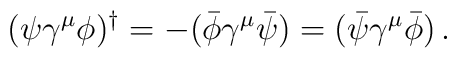
(\psi\gamma^\mu\phi)^\dagger=-(\bar\phi\gamma^\mu\bar\psi)=(\bar\psi\gamma^\mu\bar\phi)\,.